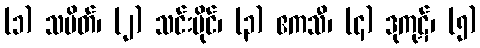
(၁) သပိတ်၊ (၂) သင်းပိုင်၊ (၃) ဧကသီ၊ (၄) ဒုကုဋ်၊ (၅)